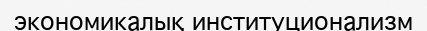
экономикалық институционализм